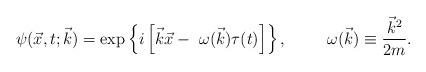
LaTeX: \begin{align*}\psi( \vec x, t; \vec k ) = \exp \left\{ i \left[\vec k \vec x - \ \omega (\vec k) \tau(t) \right] \right\}, \hspace{1cm} \omega ( \vec k ) \equiv \frac{ {\vec k}^2 }{2 m}.\end{align*}